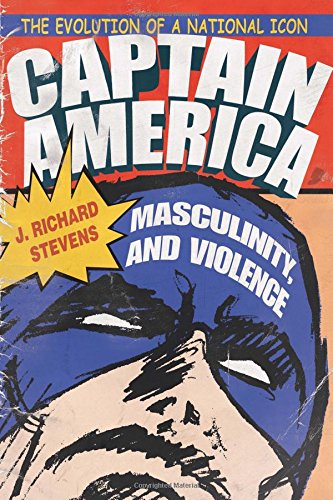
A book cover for Captain America, Masculinity, and Violence: The Evolution of a National Icon (Television and Popular Culture); J. Richard Stevens; Comics & Graphic Novels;